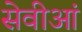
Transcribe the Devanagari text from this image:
सेवीआं